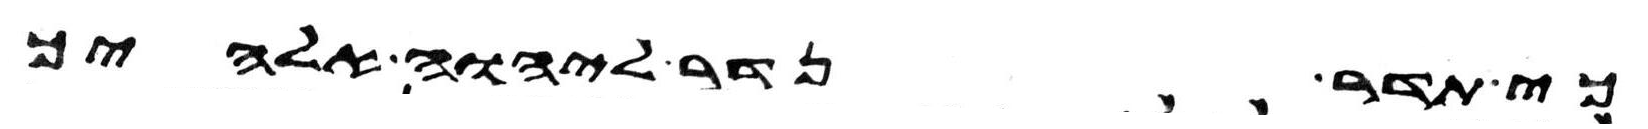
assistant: כי תדר נדר ליהוה אלהיך